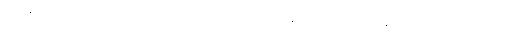
စိတ်၏အာရုံ၌ကောင်းစွာတည်ခြင်းသည်။ စိတ္တပရိဂ္ဂဟောနာမ၊ စိတ်ကိုသိမ်းဆည်းခြင်းသည်။ နတ္ထိ၊ မရှိ။